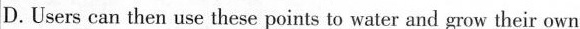
D.Users can then use these points to water and grow their own